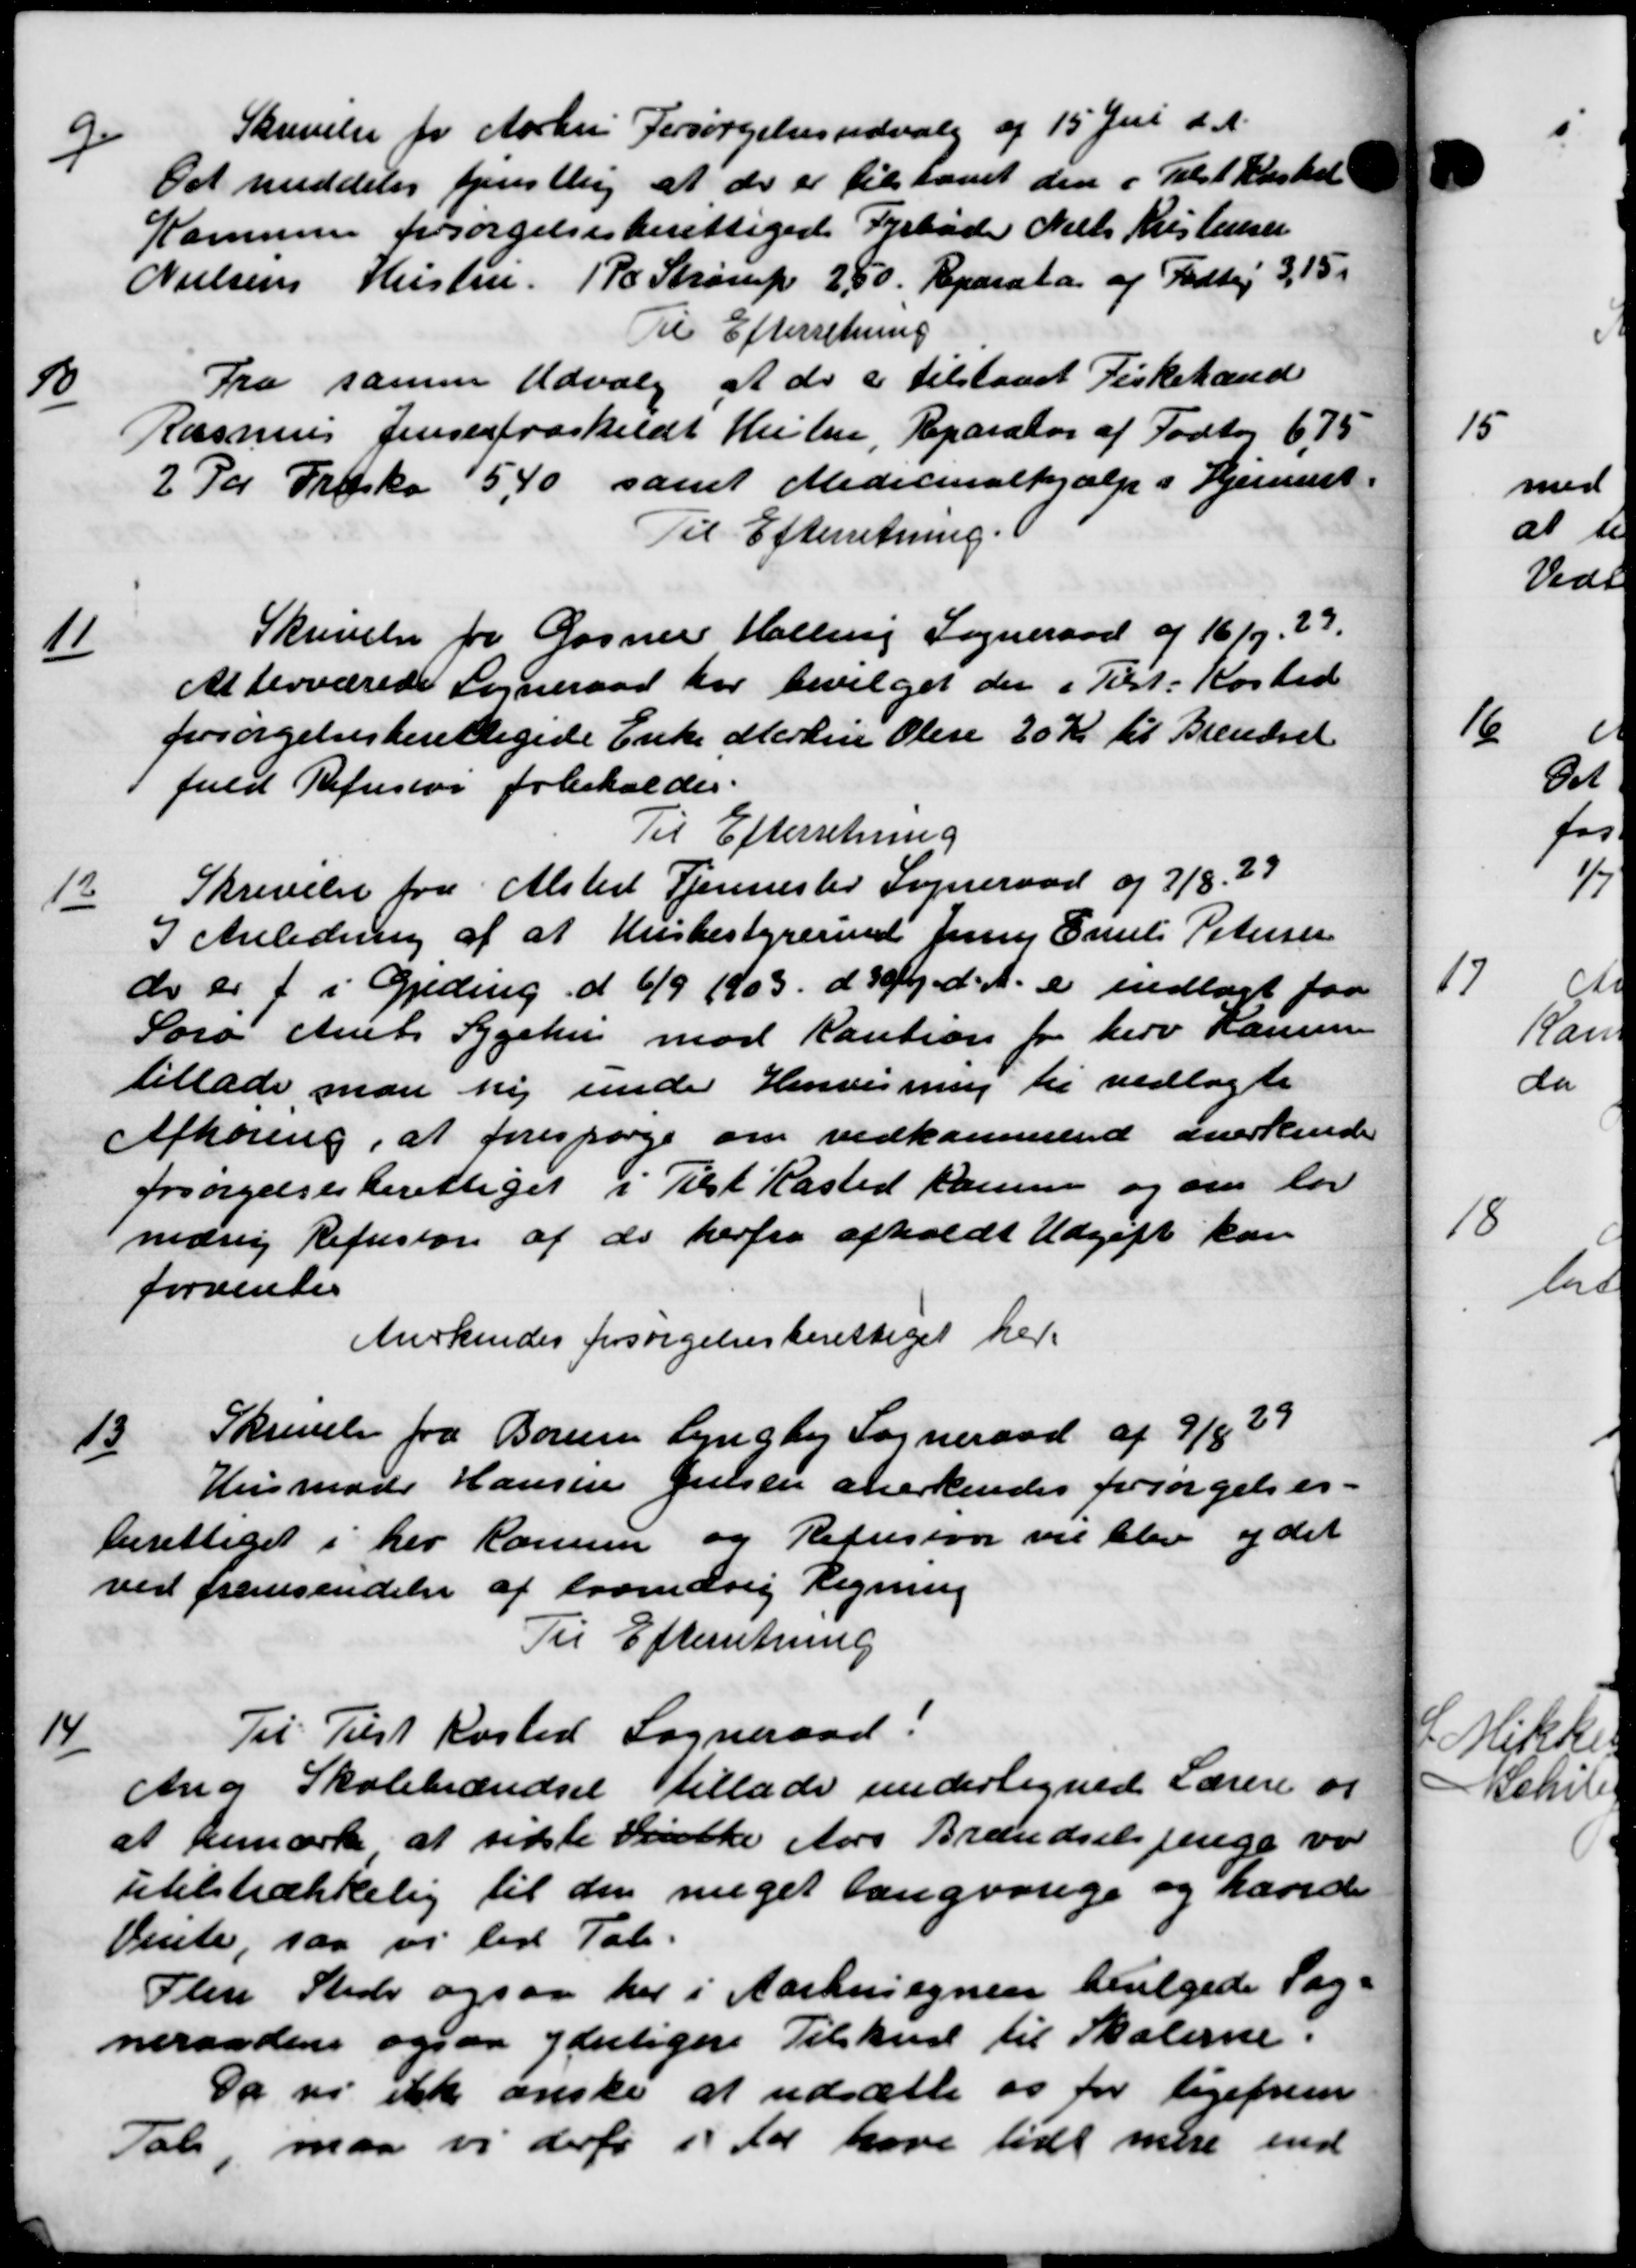
Transskription:
9
Skrivelse for Aarhus Forsørgelsesudvalg af 15 Juli d.
Det meddeler tjenstling at der er tilstaaet den i Tilst Kusker
Kommunen forsørgelsesberettigede Fyrbøde Niels Kristensen
Nielsens Hustru. (P. Strørup 2,50. Reparata af Fodbej 3,15.
Til Efterretning
10
Fra samme Udvalg at der er tilstaaet Fiskehand
Rasmus Jensen fraskildt Husten, Reparator af Fodtog 675
2 Par Træsko 5,40 samt Medicinalhjælp i Hjemmet.
Til Efterretning.
11
Skrivelse for Gasner Halling Sogneraad af 16/9. 27.
At derværede Sogneraad har bevilget der i Tilst. Køsted
forsørgelsesberettigede Enke Martin Olese 20 Kr. til Brændsel
fuld Refusion forbeholdes.
Til Efterretning
12
Skrivelse fra Alsted Tjenester Sogneraad og 7/8. 29
I Anledning af at Husbestyrerind Jenny Emil Petersen
do er f. i Gjeding d 6/9 1903 d. 30/4 d. A. er indlagt paa
Sorø Amts Sygehus mod Kaution for herv Komune
tillade man ti under Henvisning til vedlagte
Afhøring, at forespørge om vedkommende anerkende
forsørgelsesberettiget i Tilst Kasted Kamme og om lov
nedsig Refusion af de herfra afholdt Udgift kan
forventes
Anerkendes forsørgelsesberettiget her.
13.
Skrivelse fra Borum Lyngby Sogneraad af 9/8 39
Husmadr Hansen Jensen anerkendes forsørgelses-
berettiget i her komme og Refusion vil blev ydet
ved fremsendelse af lovmæsig Regning
Til Efterretning
14
Til Tilst Kasted Sogneraad:
Ang Skolebrændsel tillade undertegnede Lærere og
at bemærke at sidste Danske Aars Brændselspenge var
utilstrækkelig til den meget langvarige og hævede
Vente, saa vi led Tale
Flens Stede ogsaa her i Aarhusegnen bevilgede Sag-
neraaden ogsaa yderligere Tilskud til Salerne.
Da vi ikke ønske at udsætte os for ligefrem
Tal maa vi derfor i Aar have lidt mere ind